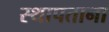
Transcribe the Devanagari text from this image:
स्थापताना